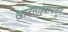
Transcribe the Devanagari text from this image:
खानसाहेबांपासून